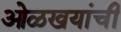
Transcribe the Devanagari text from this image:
ओळखयांची